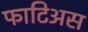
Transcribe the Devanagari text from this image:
फाटिअस